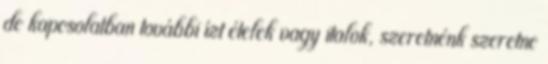
de kapcsolatban további ízt ételek vagy italok, szeretnénk szeretne